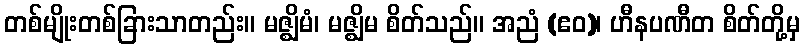
တစ်မျိုးတစ်ခြားသာတည်း။ မဇ္ဈိမံ၊ မဇ္ဈိမ စိတ်သည်။ အညံ (ဧဝ)၊ ဟီနပဏီတ စိတ်တို့မှ